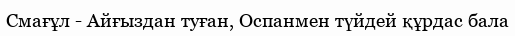
Смағұл - Айғыздан туған, Оспанмен түйдей құрдас бала